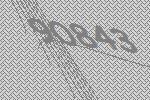
90843